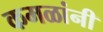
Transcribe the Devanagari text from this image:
कमळांनी